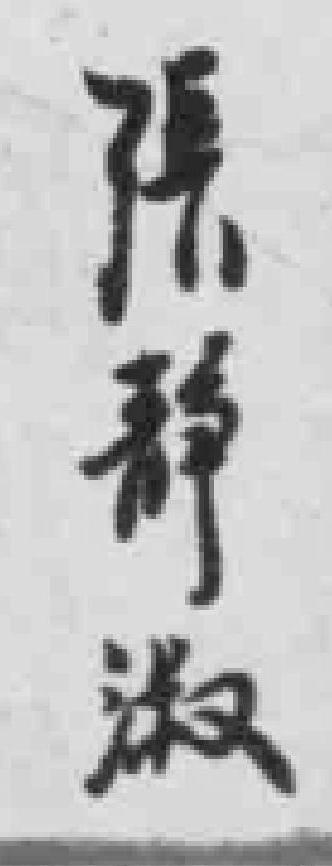
張靜淑